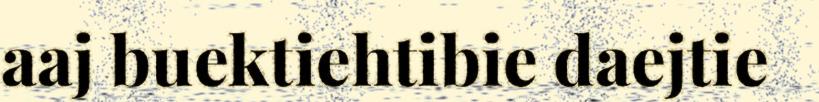
aaj buektiehtibie daejtie